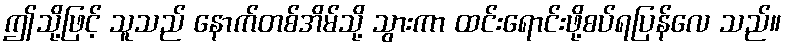
ဤသို့ဖြင့် သူသည် နောက်တစ်အိမ်သို့ သွားကာ ထင်းရောင်းဖို့စပ်ရပြန်လေ သည်။